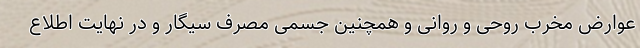
عوارض مخرب روحی و روانی و همچنین جسمی مصرف سیگار و در نهایت اطلاع